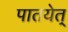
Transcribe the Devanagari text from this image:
पातयेत्